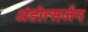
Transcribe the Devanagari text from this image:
अंडोत्सर्जन